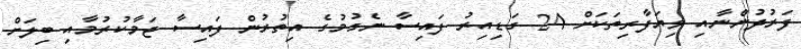
ފަރުދުންނާއި ވިޔަފާރިތަކަށް 24 ގަޑިއިރު ފައިސާ ނެގުމުގެ އިތުރުން ފައިސާ ޖަމާކުރުމާއި ބިލަށް